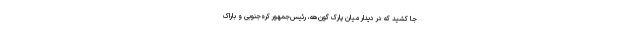
جا کشید که در دیدار میان پارک گون‌هه، رئیس‌جمهور کره‌جنوبی و باراک